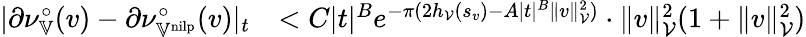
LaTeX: \begin{array}{rl}{|\partial\nu_{\mathbb{V}}^{\circ}(v)-\partial\nu_{\mathbb{V}^{\mathrm{nilp}}}^{\circ}(v)|_{t}}&{<C|t|^{B}e^{-\pi(2h_{\mathcal{V}}(s_{v})-A|t|^{B}\| v\| _{\mathcal{V}}^{2})}\cdot\| v\| _{\mathcal{V}}^{2}(1+\| v\| _{\mathcal{V}}^{2})}\end{array}